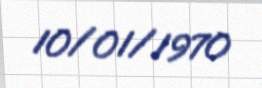
10/01/1970